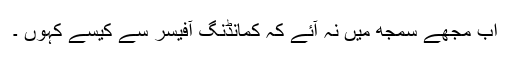
اب مجھے سمجھ میں نہ آئے کہ کمانڈنگ آفیسر سے کیسے کہوں ۔